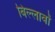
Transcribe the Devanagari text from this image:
बिल्लावों